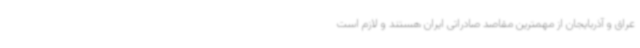
عراق و آذربایجان از مهمترین مقاصد صادراتی ایران هستند و لازم است